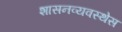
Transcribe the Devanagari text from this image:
शासनव्यवस्थेस